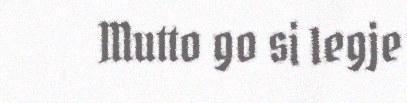
Mutto go si legje